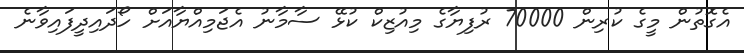
އެގޮތުން މީގެ ކުރިން 70000 ރުފިޔާގެ މިއުޒިކް ކުޅޭ ސާމާނު އެޖަމިއްޔާއަށް ހޯދައިދީފައިވާނެ